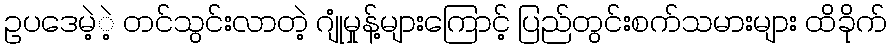
ဥပဒေမဲ့ဲ့ တင်သွင်းလာတဲ့ ဂျုံမှုန့်များကြောင့် ပြည်တွင်းစက်သမားများ ထိခိုက်